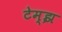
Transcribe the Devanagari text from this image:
टेम्झ